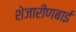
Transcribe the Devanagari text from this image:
शेजारीणबाई